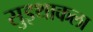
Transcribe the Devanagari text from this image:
सुइथाकला